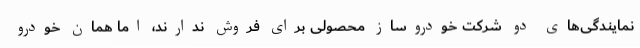
نمایندگی‌های دو شرکت خودروساز محصولی برای فروش ندارند، اما همان خودرو